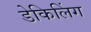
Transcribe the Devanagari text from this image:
डेकिलिंग